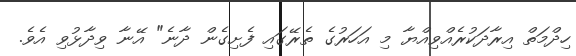
ހިދްމަތް އިރާދަކުރެއްވިއްޔާ މި އަހަރުގެ ތެރޭގައި ފެށިގެން ދާނެ" އޭނާ ވިދާޅުވި އެވެ.